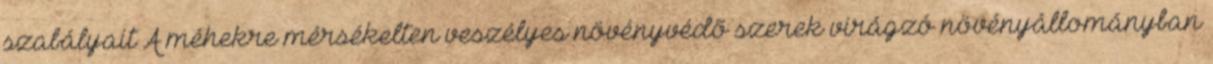
szabályait A méhekre mérsékelten veszélyes növényvédõ szerek virágzó növényállományban